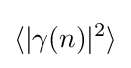
\langle |\gamma (n)|^{2}\rangle